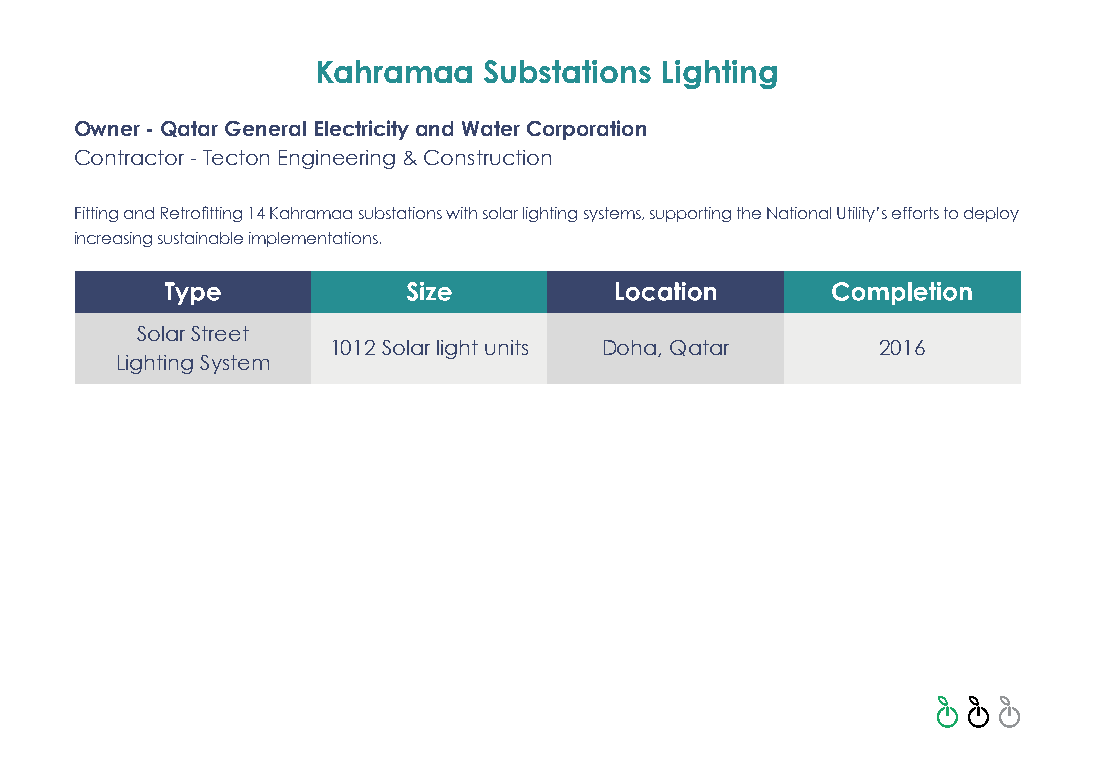
Kahramaa   Substations Lighting
 Owner - Qatar General Electricity and Water Corporation
 Contractor - Tecton Engineering & Construction
 Fitting and Retrofitting 14 Kahramaa substations with solar lighting systems, supporting the National Utility’s efforts to deploy
 increasing sustainable implementations.
 Solar Street
 1012 Solar light units Doha, Qatar  2016
 Lighting System